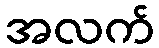
အလက်